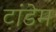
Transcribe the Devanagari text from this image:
टांडेम